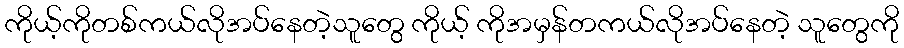
ကိုယ့်ကိုတစ်ကယ်လိုအပ်နေတဲ့သူတွေ ကိုယ့် ကိုအမှန်တကယ်လိုအပ်နေတဲ့ သူတွေကို